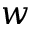
w